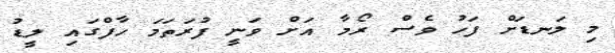
މި ލަނޑަށް ފަހު ވެސް ރޯމާ އަށް ވަނީ ފުރަތަމަ ހާފްގައި ލީޑު